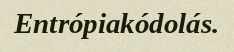
Entrópiakódolás.